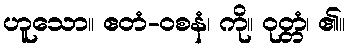
ဟူသော။ ဧတံ-ဝစနံ၊ ကို။ ဝုတ္တံ၊ ၏။